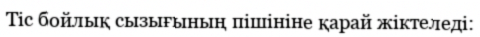
Тіс бойлық сызығының пішініне қарай жіктеледі: